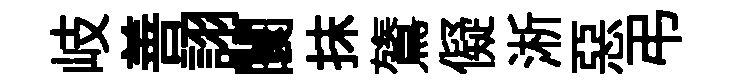
岐善詡闤抹鷟儗淅惡弔